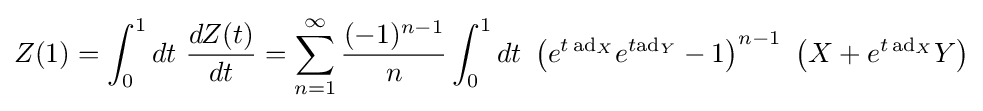
Z(1)=\int _{0}^{1}dt~{\frac {dZ(t)}{dt}}=\sum _{n=1}^{\infty }{\frac {(-1)^{n-1}}{n}}\int _{0}^{1}dt~\left(e^{t\,\mathrm {ad} _{X}}e^{t\mathrm {ad} _{Y}}-1\right)^{n-1}~\left(X+e^{t\,\mathrm {ad} _{X}}Y\right)